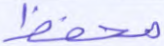
محفظ